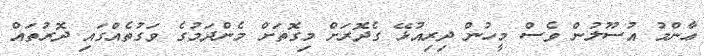
ޢާންމު އުސޫލުން ވެސް މީހުން ދިރިއުޅޭ ގެދޮރަށް މިގޮތަށް މެންދަމުގެ ވަގުތެއްގައި ދޮރުތައް